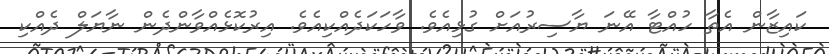
ކައިޒާން އެތާ ހުއްޓާ އޭނަ ޔާސިރުއަށް ގުޅިއެވެ. ވާހަކަދެއްކިއެވެ. އިރުކޮޅެއްވާންދެން ނާޔަލް ދެއްކި